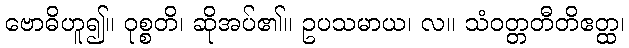
ဗောဓိဟူ၍။ ဝုစ္စတိ၊ ဆိုအပ်၏။ ဥပသမာယ၊ လ။ သံဝတ္တတီတိဧတ္ထ၊